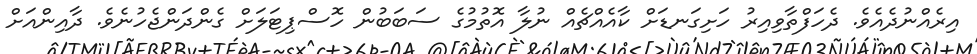
އިރެއްނުދެއެވެ. ދެހަފްތާވިއިރު ހަށިގަނޑަށް ކާއެއްޗެއް ނުލާ އޮތުމުގެ ސަބަބުން ހޮސްޕިޓަލަށް ގެންދަންޖެހުނެވެ. ދާއިންއަށް